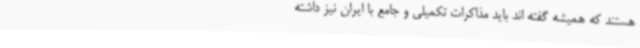
هستند که همیشه گفته اند باید مذاکرات تکمیلی و جامع با ایران نیز داشته